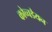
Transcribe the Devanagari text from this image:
कोच्चडैयन